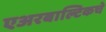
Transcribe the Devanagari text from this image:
एअरबाल्टिकचे